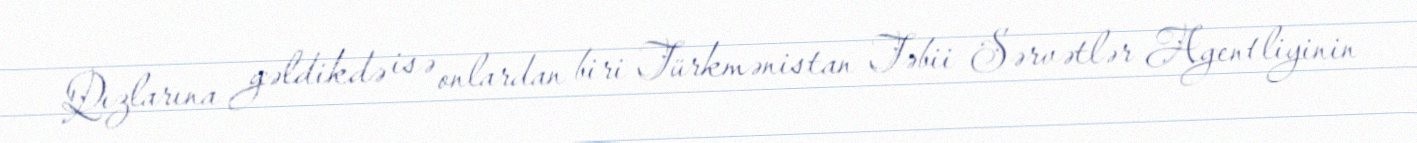
Qızlarına gəldikdə isə onlardan biri Türkmənistan Təbii Sərvətlər Agentliyinin